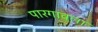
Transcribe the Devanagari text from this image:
पारगावला